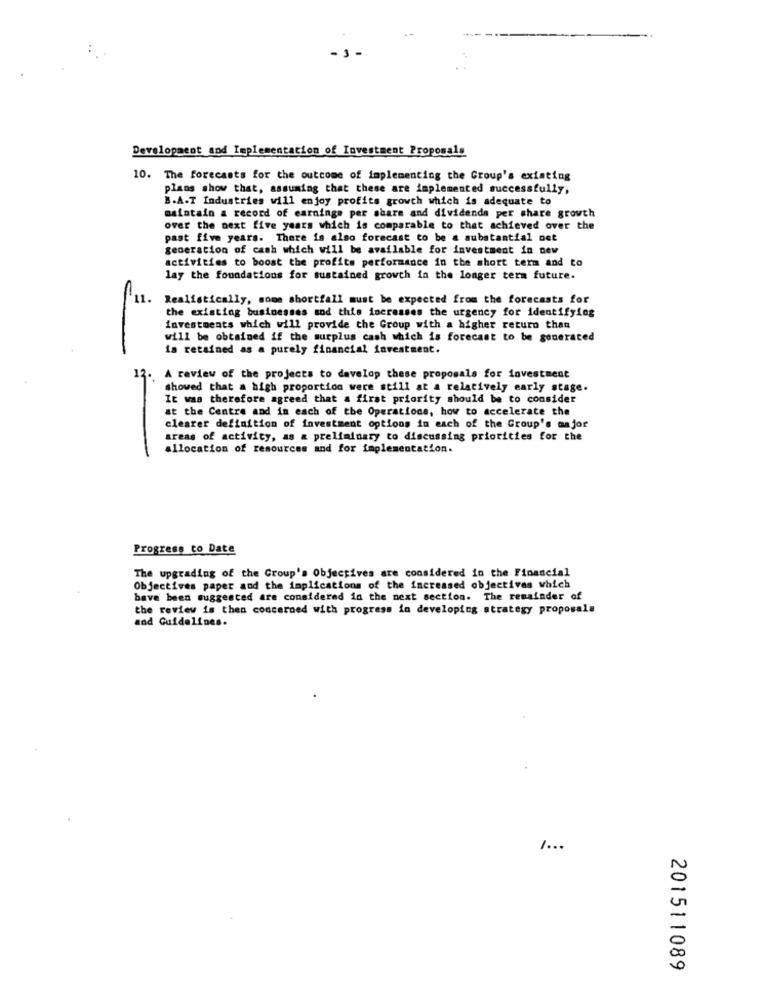
Development and Implementation of Investment Proposals
10. The forecasts for the outcome of implementing the Group's existing
plans show that, assuming that these are implemented successfully,
B.A.T Industries will enjoy profits growth which is adequate to
maintain a record of earnings per share and dividends per share growth
over the next five years which is comparable to that achieved over the
past five years. There is also forecast to be a substantial net
generation of cash which will be available for investment in new
activities to boost the profits performance in the short term and to
lay the foundations for sustained growth in the longer term future.
11.
Realistically, some shortfall must be expected from the forecasts for
the existing businesses sod thie increases the urgency for identifying
investments which will provide the Group with a higher returo than
will be obtained if the surplus cash which is forecast to be generated
is retained as a purely financial investment.
12. A review of the projects to develop these proposals for investment
showed that a high proportion were still at a relatively early stage.
It was therefore agreed that a first priority should be to consider
at the Centre and in each of the Operations, how to accelerate the
clearer definition of investment options in each of the Group's major
areas of activity, as a preliminary to discussing priorities for the
allocation of resources and for implementation.
Progress to Date
The upgrading of the Group's Objectives are considered in the Financial
Objectives paper and the implications of the increased objectives which
bave been suggested are considered in the next section. The remainder of
the review is then concerned with progress in developing strategy proposals
and Guidelines.
1 ...
201511089